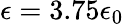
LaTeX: \epsilon=3.75\epsilon_{0}